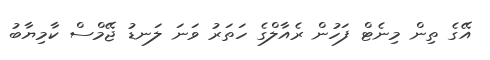
އޭގެ ތިން މިނެޓް ފަހުން ރެއާލްގެ ހަތަރު ވަނަ ލަނޑު ޖޭމްސް ކާމިޔާބު